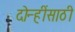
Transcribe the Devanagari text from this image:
दोन्हींसाठी